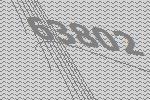
63802